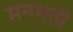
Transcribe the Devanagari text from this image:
मनमती